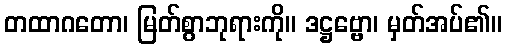
တထာဂတော၊ မြတ်စွာဘုရားကို။ ဒဋ္ဌဗ္ဗော၊ မှတ်အပ်၏။